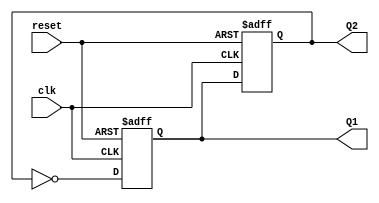
module dual_stage_johnson_counter (
    input wire clk,          // Clock input
    input wire reset,        // Asynchronous reset
    output reg Q1,          // Output of the first flip-flop
    output reg Q2           // Output of the second flip-flop
);

// Always block triggered on the rising edge of the clock or the reset signal
always @(posedge clk or posedge reset) begin
    if (reset) begin
        // Asynchronous reset to initialize the counter to 00
        Q1 <= 1'b0;
        Q2 <= 1'b0;
    end else begin
        // Shift the states according to the Johnson counter logic
        Q1 <= ~Q2;  // Inverted output of Q2 fed to D1
        Q2 <= Q1;   // Current state of Q1 fed to Q2
    end
end

endmodule